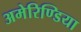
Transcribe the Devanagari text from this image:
अमेरिण्डिया